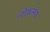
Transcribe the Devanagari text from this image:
लोकसं़या